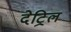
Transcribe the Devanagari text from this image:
देट्रिल